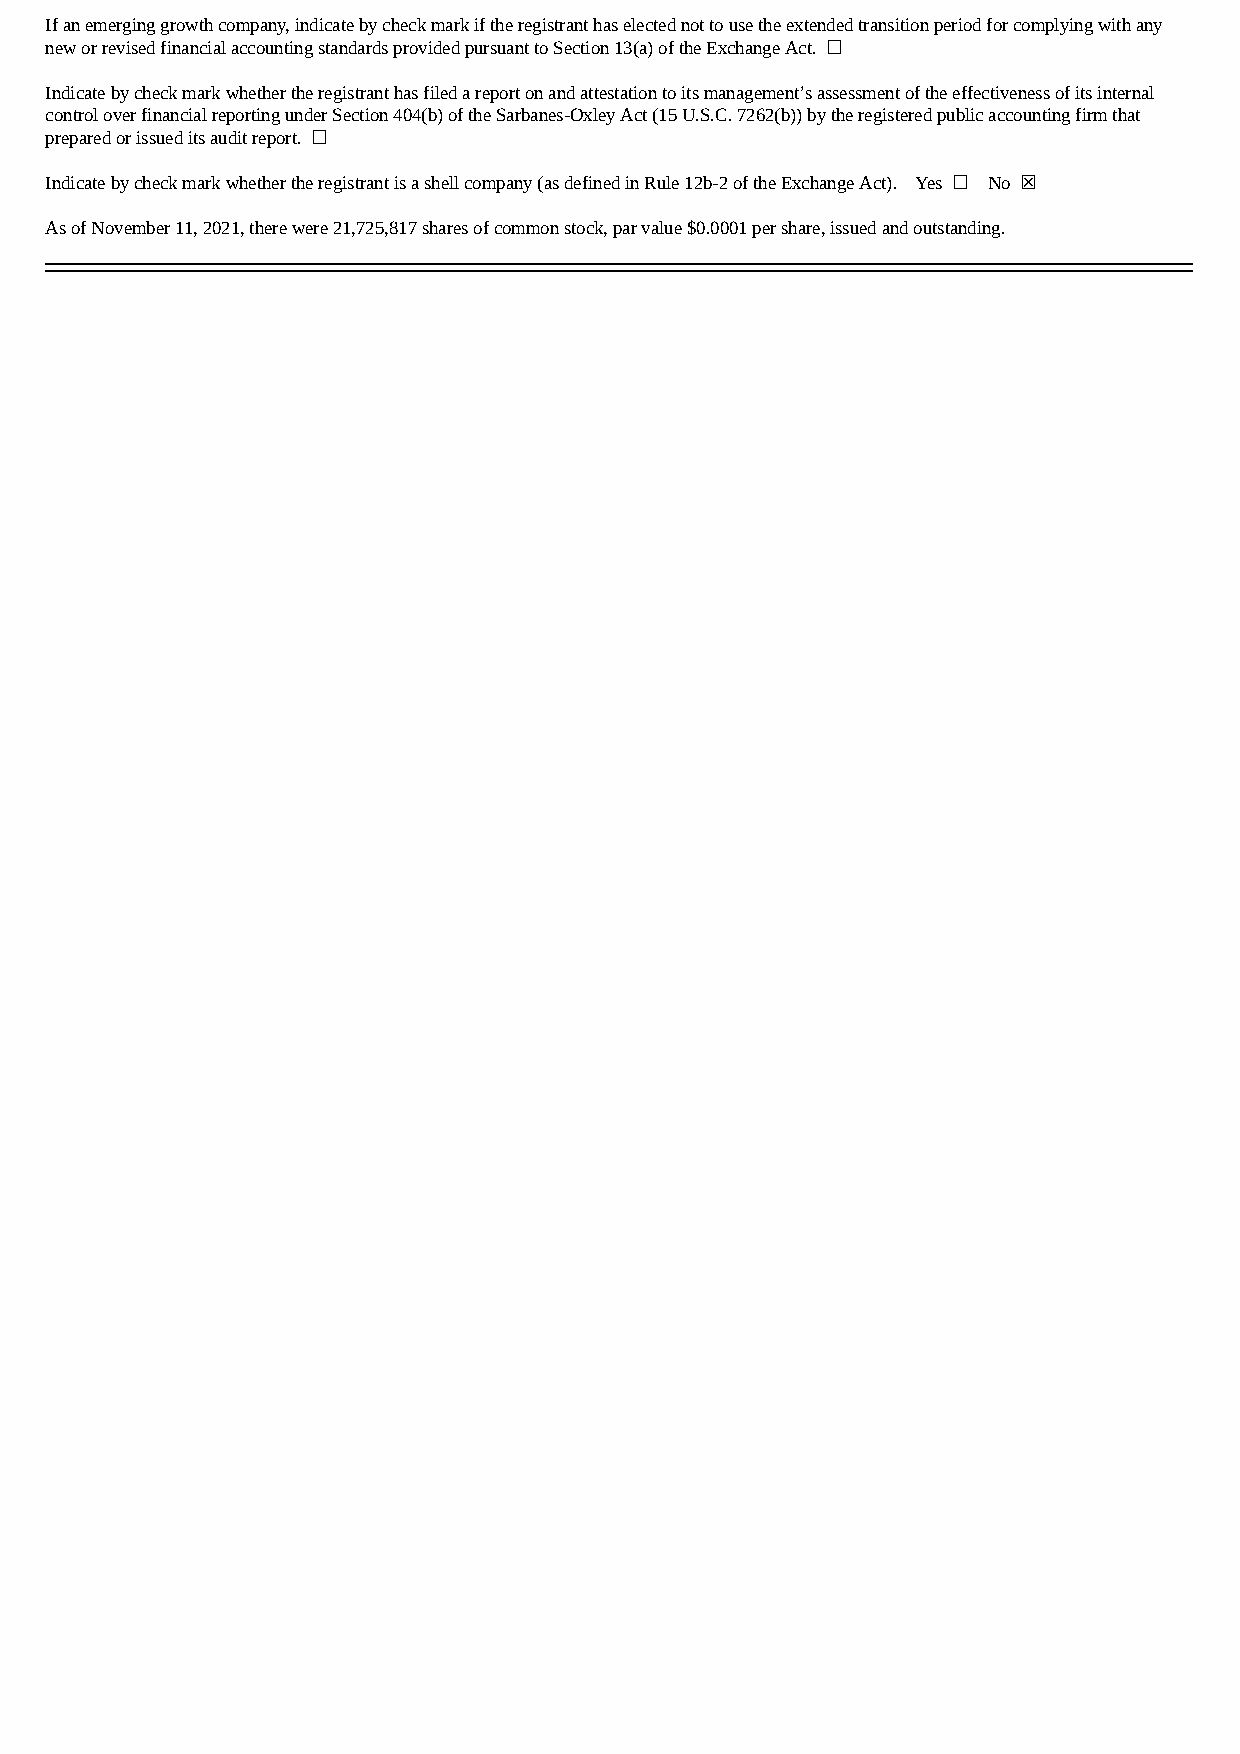
If an emerging growth company, indicate by check mark if the registrant has elected not to use the extended transition period for complying with any
 new or revised financial accounting standards provided pursuant to Section 13(a) of the Exchange Act. ☐
 Indicate by check mark whether the registrant has filed a report on and attestation to its management’s assessment of the effectiveness of its internal
 control over financial reporting under Section 404(b) of the Sarbanes-Oxley Act (15 U.S.C. 7262(b)) by the registered public accounting firm that
 prepared or issued its audit report. ☐
 Indicate by check mark whether the registrant is a shell company (as defined in Rule 12b-2 of the Exchange Act). Yes ☐ No ☒
 As of November 11, 2021, there were 21,725,817 shares of common stock, par value $0.0001 per share, issued and outstanding.